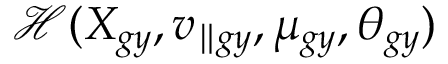
\mathcal { H } ( X _ { g y } , v _ { \parallel g y } , \mu _ { g y } , \theta _ { g y } )